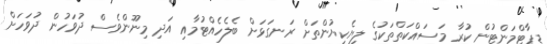
ޑިޕާޓްމަންޓުން ކުރާ މަސައްކަތްތަކުގެ ލިޔެކިޔުންތަށް ރަނގަޅަށް ބެލެހެއްޓުމާއި އަދި މިނޫންވެސް ދުވަހުން ދުވަހަށް